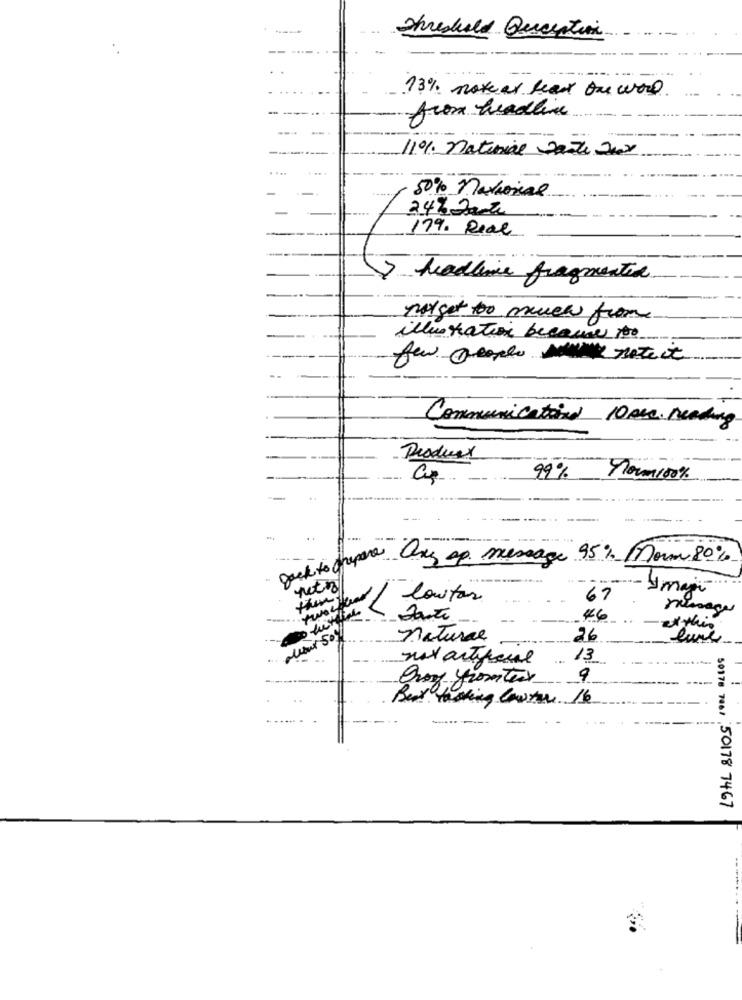
Threshold Quecation
13% notear lead one word
from headline
11% natural Parte 200
-
50% national
24h Jar
17%. Real
headline fragmented
not get too much from
illustration because the
few people mum note it
Communicationel 10mm. reading
Product
99% norm100%
guck to prepare Any ap message 95% Morn 80%
netro
y mají
them
twochar
lautas
67
message
--
46
at this
natural
26
nox articul
13
9
Beat tasting lowtar 16
50178 7001 50178 7467